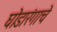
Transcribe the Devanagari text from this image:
घोडारंगाचे